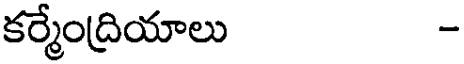
కర్మేంద్రియాలు -